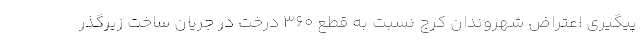
پیگیری اعتراض شهروندان کرج نسبت به قطع ۳۶۰ درخت در جریان ساخت زیرگذر